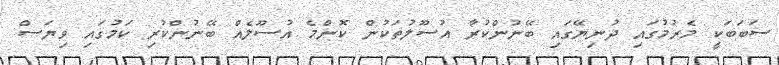
ސަބަބަކީ މެރުމުގައި ދުނިޔޭގައި ބޭނުންކުރާ އުސޫލުތަކުން ކޮންމެ އުސޫލެއް ބޭނުންކުރި ކަމުގައި ވިޔަސް